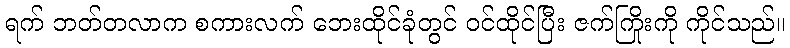
ရက် ဘတ်တလာက စကားလက် ဘေးထိုင်ခုံတွင် ဝင်ထိုင်ပြီး ဇက်ကြိုးကို ကိုင်သည်။